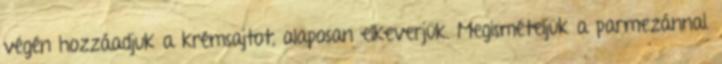
végén hozzáadjuk a krémsajtot, alaposan elkeverjük. Megismételjük a parmezánnal.